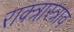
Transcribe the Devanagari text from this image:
राक्त्रास्त्राव